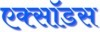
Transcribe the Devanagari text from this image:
एक्सॉडस